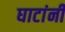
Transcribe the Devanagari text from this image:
घाटांनी